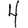
Digit: 4